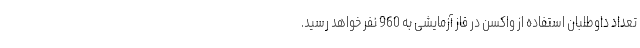
تعداد داوطلبان استفاده از واکسن در فاز آزمایشی به 960 نفر خواهد رسید.